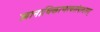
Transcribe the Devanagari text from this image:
ज्ञानाधिकरणत्वसंपादनम्